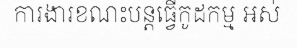
ការងារខណះបន្តធ្វើកូដកម្ម អស់